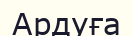
Ардуға